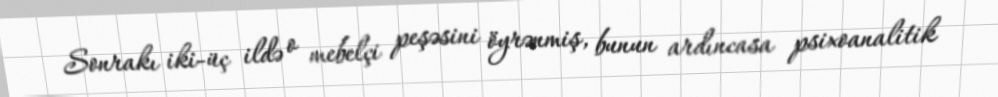
Sonrakı iki-üç ildə o mebelçi peşəsini öyrənmiş, bunun ardıncasa psixoanalitik